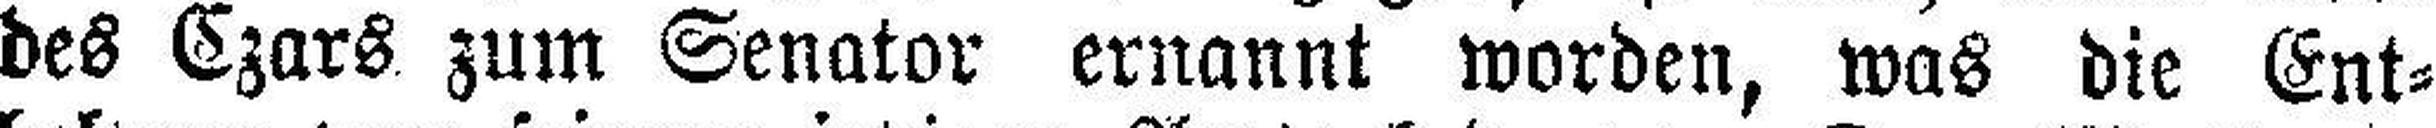
des Czars zum Senator ernannt worden, was die Ent¬